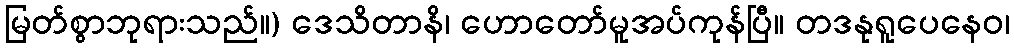
မြတ်စွာဘုရားသည်။) ဒေသိတာနိ၊ ဟောတော်မူအပ်ကုန်ပြီ။ တဒနုရူပေနေဝ၊